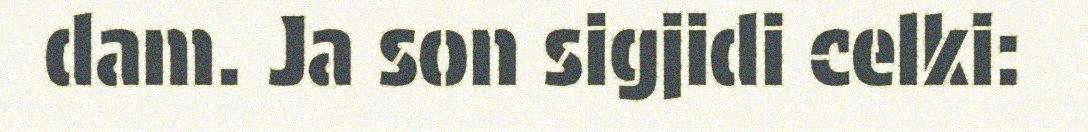
dam. Ja son sigjidi celki: